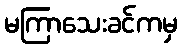
မကြာသေးခင်ကမှ